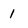
Character: 1